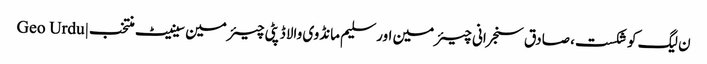
ن لیگ کو شکست، صادق سنجرانی چیئرمین اور سلیم مانڈوی والا ڈپٹی چیئرمین سینیٹ منتخب | Geo Urdu